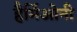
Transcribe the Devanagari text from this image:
हैर्मिओनी